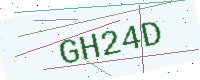
Text: GH24D